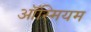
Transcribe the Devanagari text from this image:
ऑस्मियम